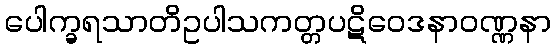
ပေါက္ခရသာတိဥပါသကတ္တပဋိဝေဒနာဝဏ္ဏနာ